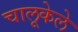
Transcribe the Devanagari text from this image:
चालूकेले